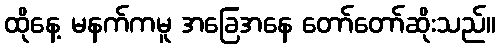
ထိုနေ့ မနက်ကမူ အခြေအနေ တော်တော်ဆိုးသည်။